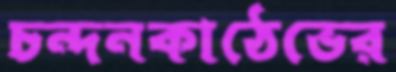
চন্দনকাঠেভের